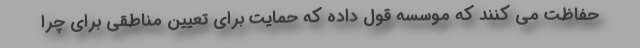
حفاظت می کنند که موسسه قول داده که حمایت برای تعیین مناطقی برای چرا